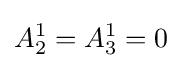
A_{2}^{1}=A_{3}^{1}=0